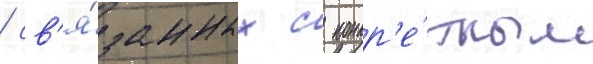
/ св'я́занных с конкр'е́тным